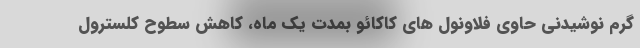
گرم نوشیدنی حاوی فلاونول های کاکائو بمدت یک ماه، کاهش سطوح کلسترول